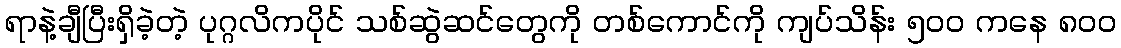
ရာနဲ့ချီပြီးရှိခဲ့တဲ့ ပုဂ္ဂလိကပိုင် သစ်ဆွဲဆင်တွေကို တစ်ကောင်ကို ကျပ်သိန်း ၅ဝဝ ကနေ ၈ဝဝ